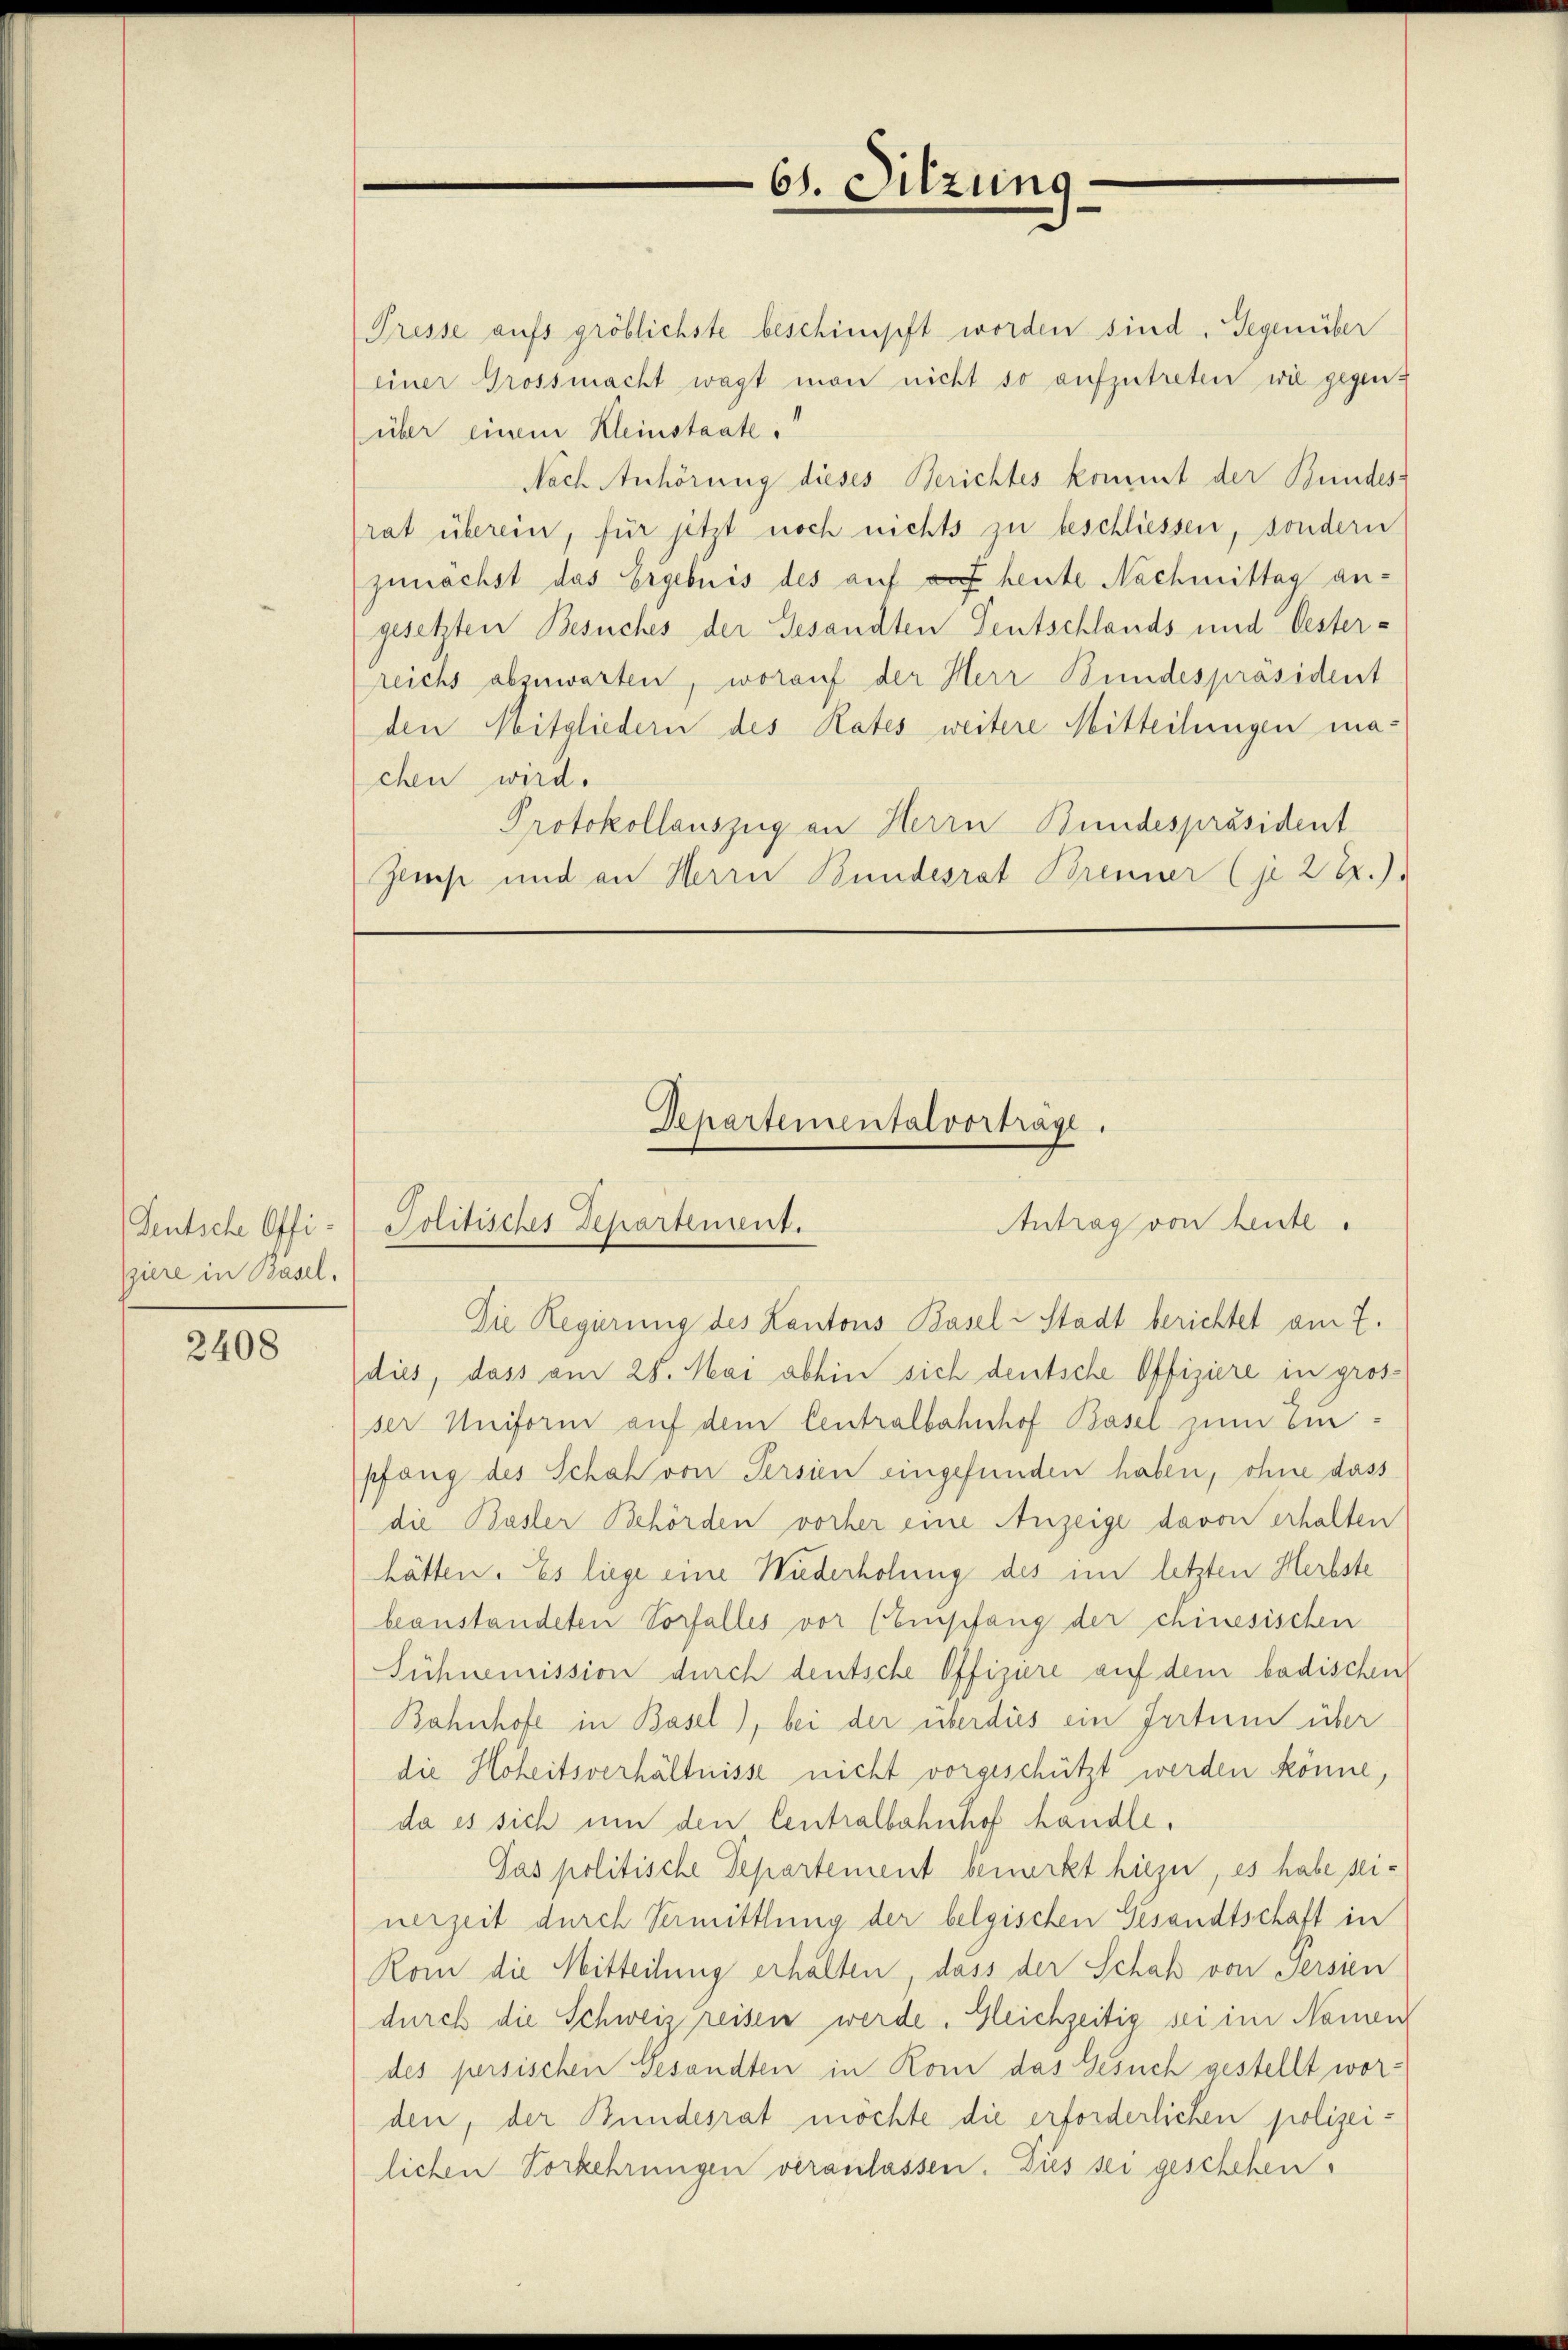
Teutsche Offiziere in Basel,

2408

Presse aufs gröblichste beschimpft worden sind. Gegenüber
einer Grossmacht wagt man nicht so aufzutreten wie gegenüber einem Kleinstaate.
Nach Anhörung dieses Berichtes kommt der Bundes-
rat überein, für jetzt noch nichts zu beschliessen, sondern
zunächst das Ergebnis des auf auf heute Nachmittag angesetzten Besuches der Gesandten Teutschlands und Oester-
reichs abzuwarten, worauf der Herr Bundespräsident
den Mitgliedern des Rates weitere Mitteilungen machen wird.
Protokollauszug an Herrn Bundespräsident
Zlis und an Herrn Bundesrat Brenner (je 2 2.).

61. Sitzun

Departementalvortrage.
Antrag von heute.
Politisches Departement.

Die Regierung des Kantons Basel-Stadt berichtet am 7.
dies, dass am 28. Mai abhin sich deutsche Offiziere in grosser Uniform auf dem Centralbahnhof Basel zum Einpfang des Schal von Persien eingefunden haben, ohne dass
die Basler Behörden vorher eine Anzeige davon erhalten
hätten. Es liege eine Wiederholung des im letzten Herbste
beanstandeten Vorfalles vor (Empfang der chinesischen
Sühnemission durch deutsche Offizire auf dem badischen
Bahnhofe in Basel), bei der überdies ein Irrtum über
die Hoheitsverhältnisse nicht vorgeschützt werden könne,
da es sich um den Centralbahnhof handle,
Pas politische Departement bemerkt hiezu, es habe seinerzeit durch Vermittlung der belgischen Gesandtschaft in
Kom die Mitteilung erhalten, dass der Schaf von Persien
durch die Schweiz reisen werde. Gleichzeitig sei im Namen
des persischen Gesandten in Rom das Gesuch gestellt worden, der Bundesrat möchte die erforderlichen polizeilichen Vorkehrungen veranlassen. Das sei geschehen.